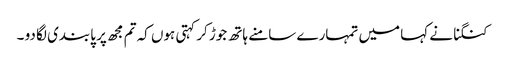
کنگنا نے کہا میں تمہارے سامنے ہاتھ جوڑ کر کہتی ہوں کہ تم مجھ پر پابندی لگا دو ۔